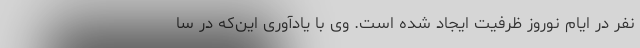
نفر در ایام نوروز ظرفیت ایجاد شده است. وی با یادآوری این‌که در سا